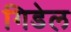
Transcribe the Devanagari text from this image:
गिडेल